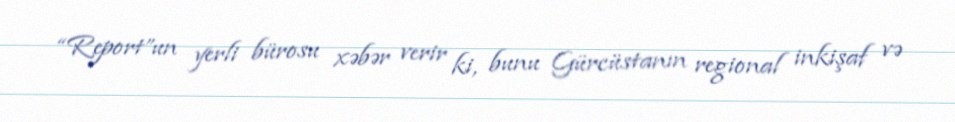
“Report”un yerli bürosu xəbər verir ki, bunu Gürcüstanın regional inkişaf və